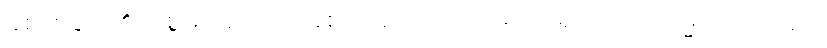
ခံစားခြင်း၏အစွမ်းအားဖြင့် ခံစားအပ်သော အကျိုးရှိသော။ ကမ္မံ၊ ပြုပြင်ခြင်း